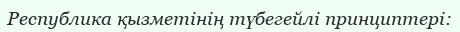
Республика қызметінің түбегейлі принциптері: